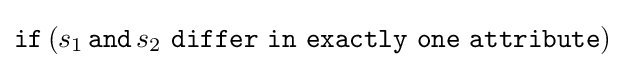
{\mathtt {if}}\,(s_{1}\,{\mathtt {and}}\,s_{2}\,\,{\mathtt {differ\,\,in\,\,exactly\,\,one\,\,attribute}})